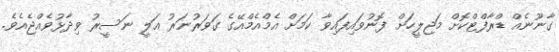
ގާނޫނެއް ޑްރާފްޓްކޮށް މަޖިލީހަށް ފޮނުވައިފައިވާ ކަމަށް އެމްއެމްއޭގެ ގަވަރުނަރު އަލީ ނަސީރު ވިދާޅުވެއްޖެއެވެ.